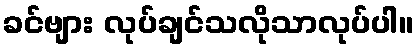
ခင်ဗျား လုပ်ချင်သလိုသာလုပ်ပါ။